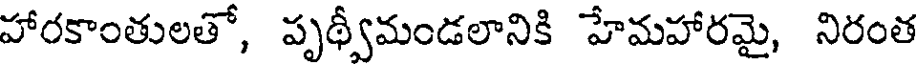
హారకాంతులతో, పృథ్వీమండలానికి హేమహారమై, నిరంత